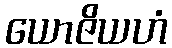
ယောဇိယဟံ